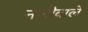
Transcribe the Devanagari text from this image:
नलीवाले